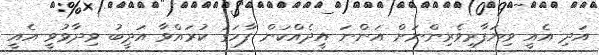
އަދި އެއީ ވިޔަފާރިވެރިންނަށް އަންނަ އީދެއްކަން ފާހަގަ ކުރައްވާ އަދީބު ވިދާޅުވީ އެއީ